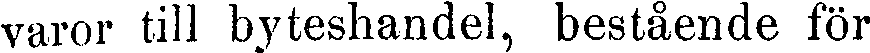
varor till byteshandel, bestående för